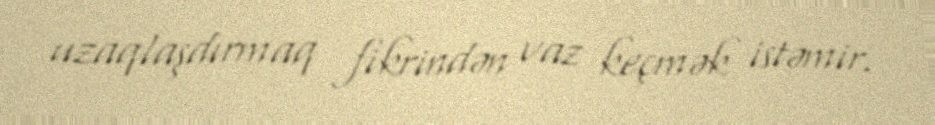
uzaqlaşdırmaq fikrindən vaz keçmək istəmir.